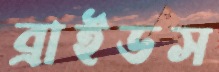
ব্রাইডস